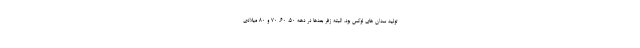
تولید سدان های لوکس بود. البته زفر بعدها در دهه 50، 60، 70 و 80 میلادی